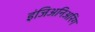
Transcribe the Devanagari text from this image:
इंजिअनिअरिंग